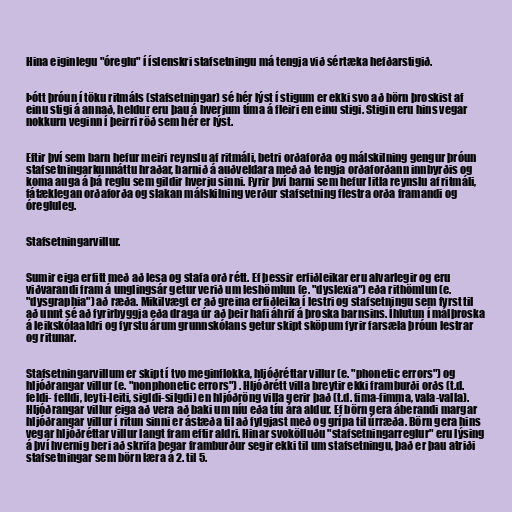
Hina eiginlegu "óreglu" í íslenskri stafsetningu má tengja við sértæka hefðarstigið.

Þótt þróun í töku ritmáls (stafsetningar) sé hér lýst í stigum er ekki svo að börn þroskist af
einu stigi á annað, heldur eru þau á hverjum tíma á fleiri en einu stigi. Stigin eru hins vegar
nokkurn veginn í þeirri röð sem hér er lýst.

Eftir því sem barn hefur meiri reynslu af ritmáli, betri orðaforða og málskilning gengur þróun
stafsetningarkunnáttu hraðar, barnið á auðveldara með að tengja orðaforðann innbyrðis og
koma auga á þá reglu sem gildir hverju sinni. Fyrir því barni sem hefur litla reynslu af ritmáli,
fátæklegan orðaforða og slakan málskilning verður stafsetning flestra orða framandi og
óregluleg.

Stafsetningarvillur.

Sumir eiga erfitt með að lesa og stafa orð rétt. Ef þessir erfiðleikar eru alvarlegir og eru
viðvarandi fram á unglingsár getur verið um leshömlun (e. "dyslexia") eða rithömlun (e.
"dysgraphia") að ræða. Mikilvægt er að greina erfiðleika í lestri og stafsetningu sem fyrst til
að unnt sé að fyrirbyggja eða draga úr að þeir hafi áhrif á þroska barnsins. Íhlutun í málþroska
á leikskólaaldri og fyrstu árum grunnskólans getur skipt sköpum fyrir farsæla þróun lestrar
og ritunar.

Stafsetningarvillum er skipt í tvo meginflokka, hljóðréttar villur (e. "phonetic errors") og
hljóðrangar villur (e. "nonphonetic errors") . Hljóðrétt villa breytir ekki framburði orðs (t.d.
feldi- felldi, leyti-leiti, sigldi-silgdi) en hljóðröng villa gerir það (t.d. fima-fimma, vala-valla).
Hljóðrangar villur eiga að vera að baki um níu eða tíu ára aldur. Ef börn gera áberandi margar
hljóðrangar villur í ritun sinni er ástæða til að fylgjast með og grípa til úrræða. Börn gera hins
vegar hljóðréttar villur langt fram eftir aldri. Hinar svokölluðu "stafsetningarreglur" eru lýsing
á því hvernig beri að skrifa þegar framburður segir ekki til um stafsetningu, það er þau atriði
stafsetningar sem börn læra á 2. til 5.